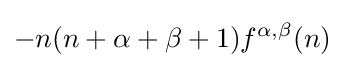
-n(n+\alpha +\beta +1)f^{\alpha ,\beta }(n)